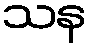
သန